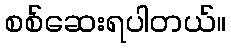
စစ်ဆေးရပါတယ်။